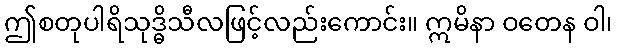
ဤစတုပါရိသုဒ္ဓိသီလဖြင့်လည်းကောင်း။ ဣမိနာ ဝတေန ဝါ၊